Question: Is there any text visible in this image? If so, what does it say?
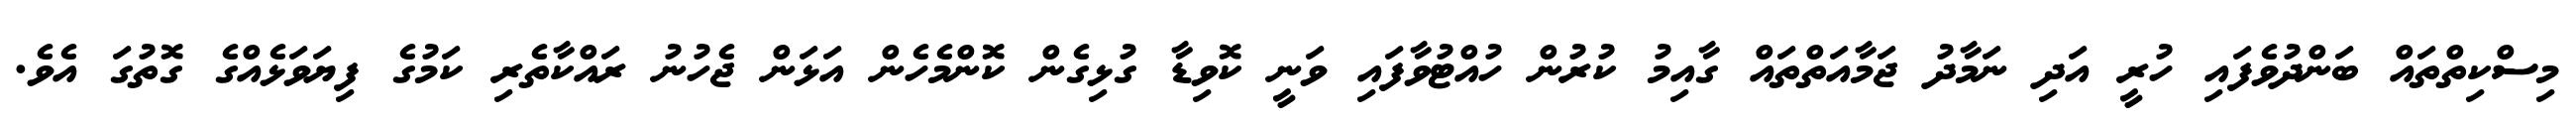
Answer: މިސްކިތްތައް ބަންދުވެފައި ހުރީ އަދި ނަމާދު ޖަމާއަތްތައް ގާއިމު ކުރުން ހުއްޓުވާފައި ވަނީ ކޮވިޑާ ގުޅިގެން ކޮންމެހެން އަޅަން ޖެހުނު ރައްކާތެރި ކަމުގެ ފިޔަވަޅެއްގެ ގޮތުގަ އެވެ.